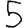
Digit: 5